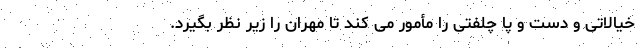
خیالاتی و دست و پا چلفتی را مأمور می کند تا مهران را زیر نظر بگیرد.